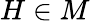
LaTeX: H\in M